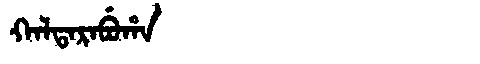
Manchu: ᡴᠠᠯᡨᠠᡵᠠᠪᡠᡥᠠ
Romanization: KALTARABUHA